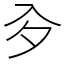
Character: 㒱